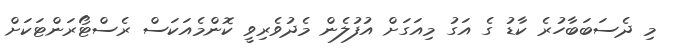
މި ދެސަބަބާހުރެ ކާޑު ގެ އަގު މިއަގަށް އުފުލެން މެދުވެރިވީ ކޮންމެއަކަސް ރެސްޓޯރަންޓަކަށް